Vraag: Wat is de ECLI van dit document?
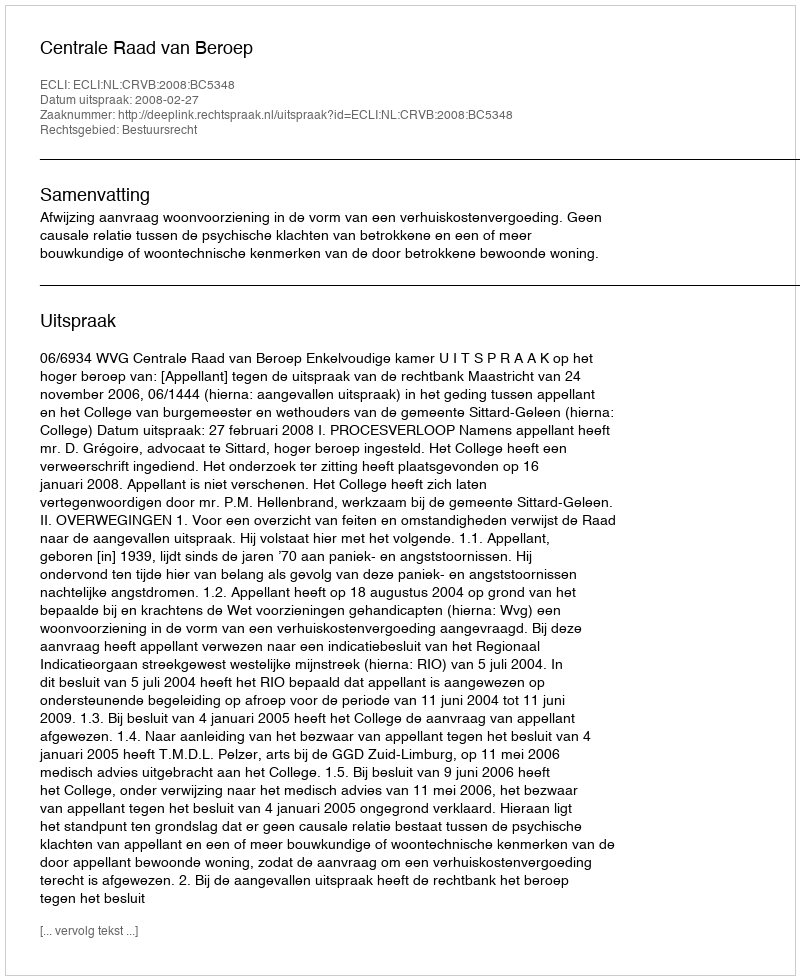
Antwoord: ECLI:NL:CRVB:2008:BC5348